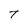
Character: T